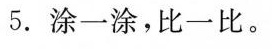
5.涂一涂，比一比。